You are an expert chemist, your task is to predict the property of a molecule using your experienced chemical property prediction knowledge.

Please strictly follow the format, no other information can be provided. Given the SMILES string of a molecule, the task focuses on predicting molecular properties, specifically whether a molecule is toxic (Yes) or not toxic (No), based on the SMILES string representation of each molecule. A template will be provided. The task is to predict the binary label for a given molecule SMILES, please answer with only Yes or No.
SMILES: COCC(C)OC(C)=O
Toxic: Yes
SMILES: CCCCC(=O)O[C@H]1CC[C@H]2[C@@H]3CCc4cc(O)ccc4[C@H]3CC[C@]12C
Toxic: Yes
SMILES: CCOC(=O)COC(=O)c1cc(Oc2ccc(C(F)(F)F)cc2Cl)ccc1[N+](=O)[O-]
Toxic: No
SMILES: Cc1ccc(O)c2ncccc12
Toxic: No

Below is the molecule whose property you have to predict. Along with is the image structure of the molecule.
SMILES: CCCCCCCCCCCCCC[N+](C)(C)C
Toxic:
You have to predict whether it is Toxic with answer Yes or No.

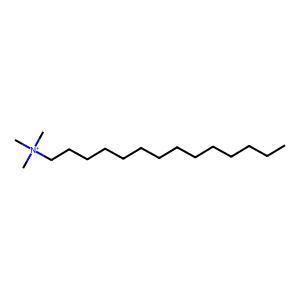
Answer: No